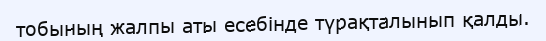
тобының жалпы аты есебінде түрақталынып қалды.